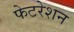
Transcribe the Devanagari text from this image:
फेटरेशन